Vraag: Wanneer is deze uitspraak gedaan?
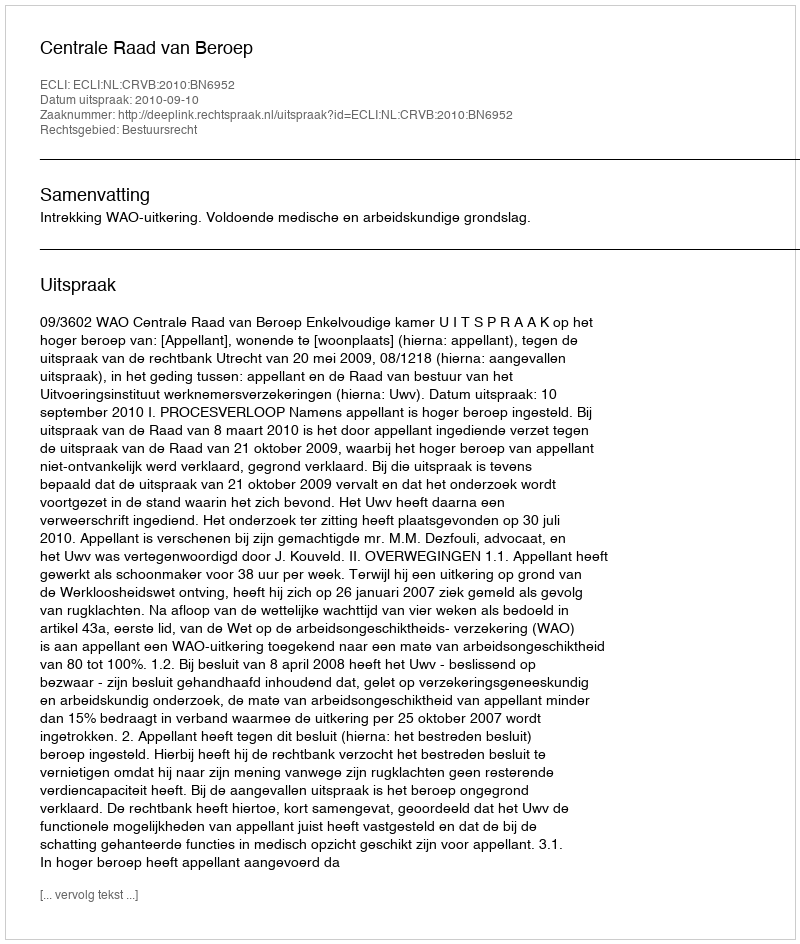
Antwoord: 2010-09-10